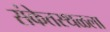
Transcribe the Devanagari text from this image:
संकेतस्थळला